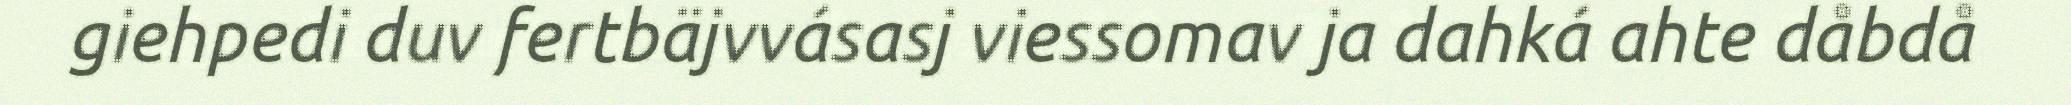
giehpedi duv fertbäjvvásasj viessomav ja dahká ahte dåbdå